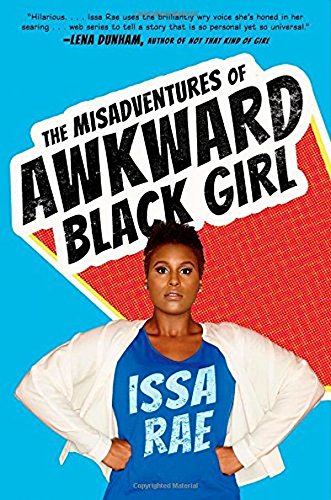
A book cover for The Misadventures of Awkward Black Girl; Issa Rae; Humor & Entertainment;